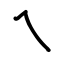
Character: ㇝